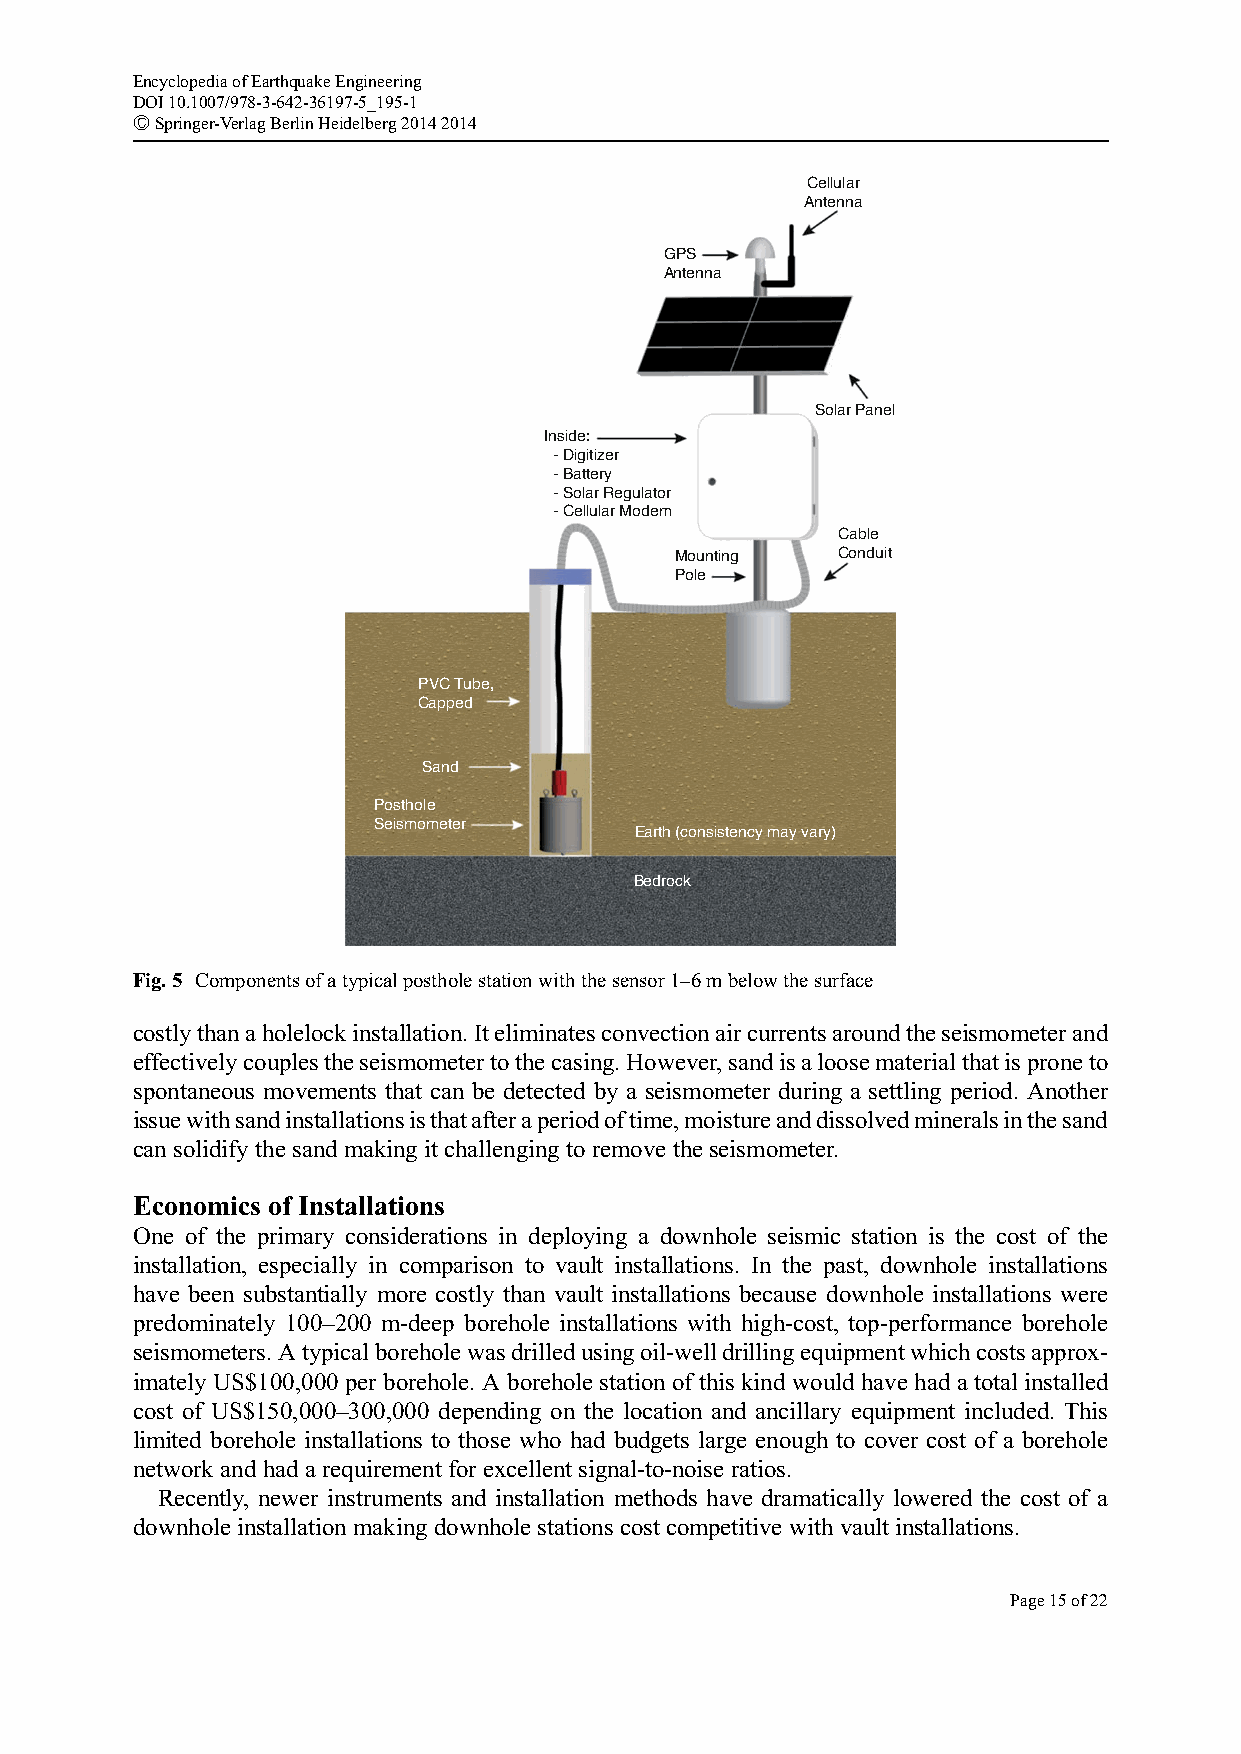
EncyclopediaofEarthquakeEngineering
 DOI10.1007/978-3-642-36197-5_195-1
 #Springer-VerlagBerlinHeidelberg20142014
 Cellular
 Antenna
 GPS
 Antenna
 Solar Panel
 Inside:
 - Digitizer
 - Battery
 - Solar Regulator
 - Cellular Modem
 Cable
 Mounting  Conduit
 Pole
 PVC Tube,
 Capped
 Sand
 Posthole
 Seismometer
 Earth (consistency may vary)
 Bedrock
 Fig.5 Componentsofatypicalpostholestationwiththesensor1–6mbelowthesurface
 costlythanaholelockinstallation.Iteliminatesconvectionaircurrentsaroundtheseismometerand
 effectivelycouplestheseismometertothecasing.However,sandisaloosematerialthatisproneto
 spontaneous movements that can be detected by a seismometer during a settling period. Another
 issuewithsandinstallationsisthatafteraperiodoftime,moistureanddissolvedmineralsinthesand
 can solidify the sand making it challenging to remove the seismometer.
 Economics of Installations
 One of the primary considerations in deploying a downhole seismic station is the cost of the
 installation, especially in comparison to vault installations. In the past, downhole installations
 have been substantially more costly than vault installations because downhole installations were
 predominately 100–200 m-deep borehole installations with high-cost, top-performance borehole
 seismometers.Atypicalboreholewasdrilledusingoil-welldrillingequipmentwhichcostsapprox-
 imately US$100,000 per borehole. A borehole station of this kind would have had a total installed
 cost of US$150,000–300,000 depending on the location and ancillary equipment included. This
 limited borehole installations to those who had budgets large enough to cover cost of a borehole
 network and had a requirement for excellent signal-to-noise ratios.
 Recently, newer instruments and installation methods have dramatically lowered the cost of a
 downhole installation making downhole stations cost competitive with vault installations.
 Page15of22